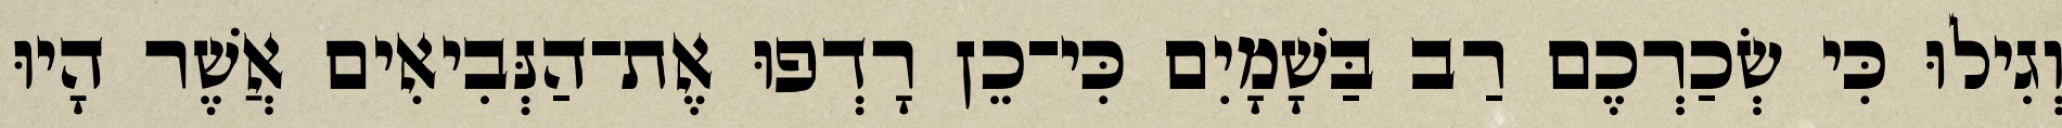
וְגִילוּ כִּי שְׂכַרְכֶם רַב בַּשָׁמָיִם כִּי־כֵן רָדְפוּ אֶת־הַנְּבִיאִים אֲשֶׁר הָיוּ